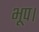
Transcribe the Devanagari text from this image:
भूप।